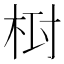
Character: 𣑓